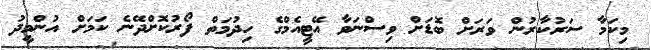
މިކަމާ ސަރުކާރުން ވަރަށް ބޮޑަށް ވިސްނަވާ އޭޓީއެމްގެ ހިދުމަތް ފޯރުކޮށްދޭނެ ކަމަށް އުންމީދު